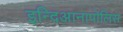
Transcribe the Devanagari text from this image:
इन्दिआनापोलिस